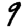
Digit: 9